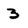
Character: 3